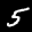
Label: 5